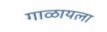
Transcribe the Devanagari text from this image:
गाळायला